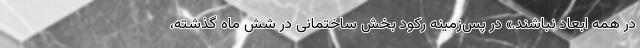
در همه ابعاد نباشند.» در پس‌زمینه رکود بخش ساختمانی در شش ماه گذشته،